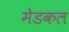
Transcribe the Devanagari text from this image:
मेडकल